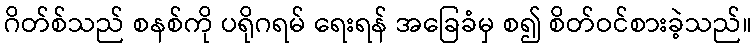
ဂိတ်စ်သည် စနစ်ကို ပရိုဂရမ် ရေးရန် အခြေခံမှ စ၍ စိတ်ဝင်စားခဲ့သည်။